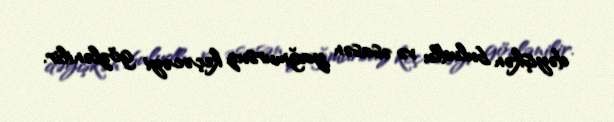
dəyişkən buludlu və əsasən yağmursuz keçəcəyi gözlənilir.